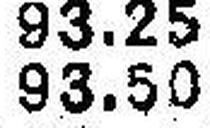
93.50